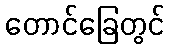
တောင်ခြေတွင်